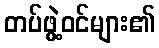
တပ်ဖွဲ့ဝင်များ၏